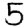
Digit: 5